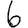
Digit: 6